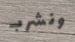
ونشرب